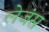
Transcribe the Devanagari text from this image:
लेजंस